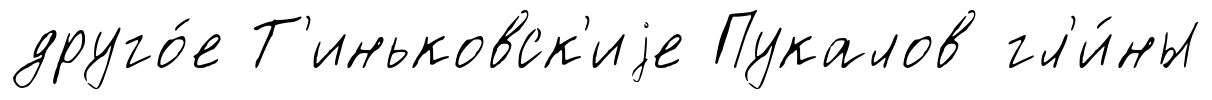
друго́е Т'иньковск'иjе Пукалов гл'и́ны